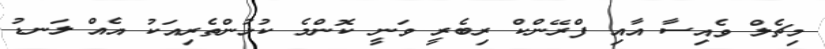
މިޗެލް ވެއިސާ އާއި ފްރޭންކް ރިބެރީ ވަނީ ކޮންމެ ކުޅުންތެރިއަކު އެއް ލަނޑު